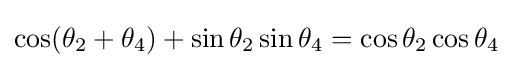
\cos(\theta _{2}+\theta _{4})+\sin \theta _{2}\sin \theta _{4}=\cos \theta _{2}\cos \theta _{4}